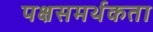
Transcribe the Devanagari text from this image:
पक्षसमर्थकता